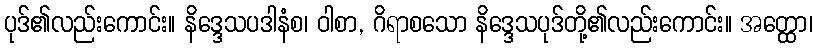
ပုဒ်၏လည်းကောင်း။ နိဒ္ဒေသပဒါနံစ၊ ဝါစာ, ဂိရာစသော နိဒ္ဒေသပုဒ်တို့၏လည်းကောင်း။ အတ္ထော၊